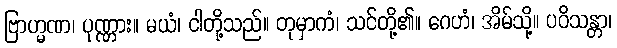
ဗြာဟ္မဏ၊ ပုဏ္ဏား။ မယံ၊ ငါတို့သည်။ တုမှာကံ၊ သင်တို့၏။ ဂေဟံ၊ အိမ်သို့။ ပဝိသန္တာ၊